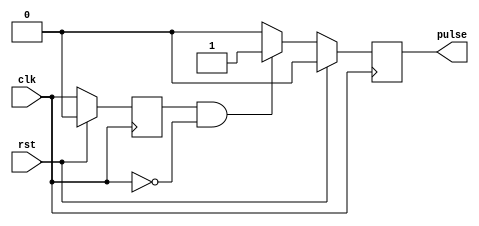
module Falling_Edge_Pulse_Generator (
    input wire clk,
    input wire rst,
    output reg pulse
);

parameter PULSE_WIDTH = 10;

reg prev_clk;

always @(posedge clk) begin
    if (rst) begin
        pulse <= 0;
        prev_clk <= 0;
    end else begin
        if (prev_clk && !clk) begin
            pulse <= 1;
        end else begin
            pulse <= 0;
        end
        prev_clk <= clk;
    end
end

endmodule